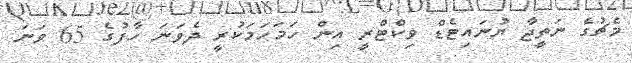
މެޗުގެ ނަތީޖާ ޔުނައިޓެޑް ވިކްޓްރީ އިން ހަމަހަމަކުރީ ދެވަނަ ހާފުގެ 65 ވަނަ